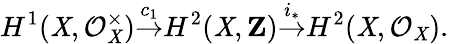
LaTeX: H^{1}(\mathit{X},{\mathcal{{O}}}_{\mathit{X}}^{\times}){\stackrel{c_{1}}{\to}}H^{2}(\mathit{X},\mathbf{{Z}}){\stackrel{i_{*}}{\to}}H^{2}(\mathit{X},{\mathcal{{O}}}_{\mathit{X}}).